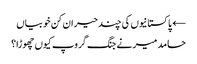
← پاکستانیوں کی چند حیران کن خوبیاں
حامد میر نے جنگ گروپ کیوں چھوڑا؟